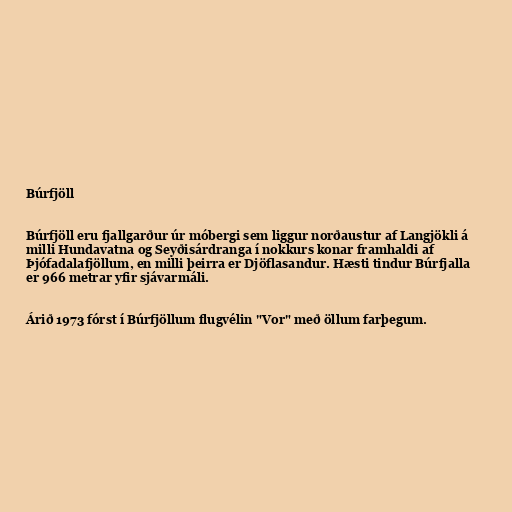
Búrfjöll

Búrfjöll eru fjallgarður úr móbergi sem liggur norðaustur af Langjökli á
milli Hundavatna og Seyðisárdranga í nokkurs konar framhaldi af
Þjófadalafjöllum, en milli þeirra er Djöflasandur. Hæsti tindur Búrfjalla
er 966 metrar yfir sjávarmáli.

Árið 1973 fórst í Búrfjöllum flugvélin "Vor" með öllum farþegum.